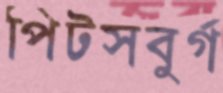
পিটসবুর্গ